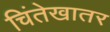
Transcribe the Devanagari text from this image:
चिंतेखातर